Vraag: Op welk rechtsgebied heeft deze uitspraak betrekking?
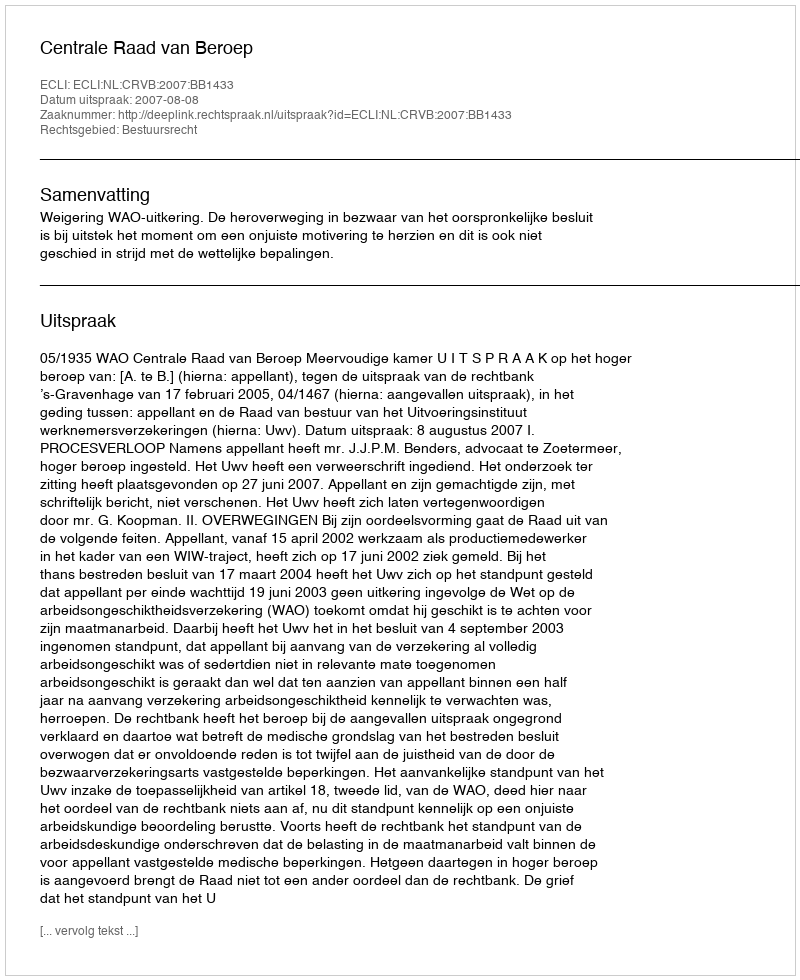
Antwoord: Bestuursrecht